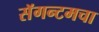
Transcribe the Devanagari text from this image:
सॅगन्टमचा